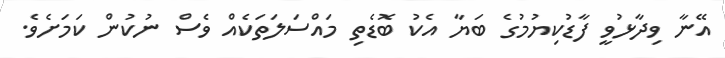
އޭނާ ވިދާޅުވީ ފާޑުކިޔުމުގެ ބަޔާ އެކު ބޮޑެތި މައްސަލަތަކެއް ވެސް ނުކުން ކަމަށެވެ.